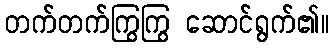
တက်တက်ကြွကြွ ဆောင်ရွက်၏။